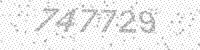
Solution: 747729